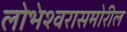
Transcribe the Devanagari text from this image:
लोभेश्‍वरासमोरील